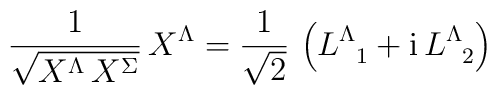
\frac{1}{\sqrt{X^\Lambda \, X^\Sigma}} \, X^\Lambda = \frac{1}{\sqrt{2}}\, \left( L^\Lambda_{\phantom{\Lambda}1} + \mbox{\rm i}\,L^\Lambda_{\phantom{\Lambda}2}\right )